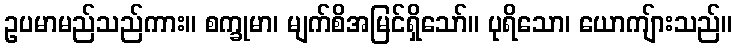
ဥပမာမည်သည်ကား။ စက္ခုမာ၊ မျက်စိအမြင်ရှိသော်။ ပုရိသော၊ ယောကျ်ားသည်။